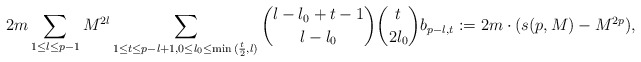
\begin{align*} 2m\sum_{1 \leq l \leq p-1}{M^{2l}\sum_{1 \leq t \leq p-l+1, 0 \leq l_0 \leq \min{(\frac{t}{2},l)}}{\binom{l-l_0+t-1}{l-l_0}\binom{t}{2l_0}}b_{p-l,t}}:=2m \cdot (s(p,M)-M^{2p}),\end{align*}